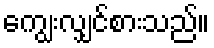
ကျွေးလျှင်စားသည်။